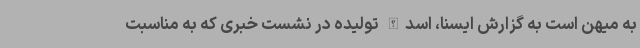
به میهن است به گزارش ایسنا، اسدالله تولیده در نشست خبری که به مناسبت